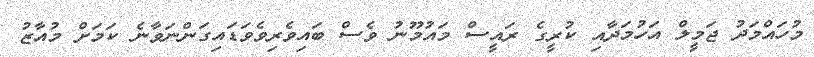
މުހައްމަދު ޖަމީލް އަހުމަދާއި ކުރީގެ ރައީސް މައުމޫނު ވެސް ބައިވެރިވެވަޑައިގަންނަވާނެ ކަމަށް މުއާޒު